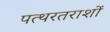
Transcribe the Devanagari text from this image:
पत्थरतराशों